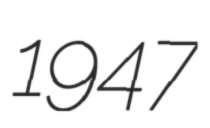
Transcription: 1947